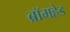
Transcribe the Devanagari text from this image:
ब्रॉमहेड